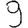
Digit: 9